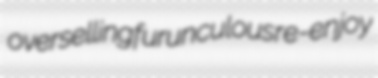
overselling furunculous re-enjoy